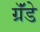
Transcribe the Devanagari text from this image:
ग्रॅंडे